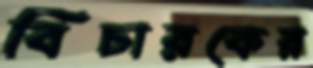
বিচারকের